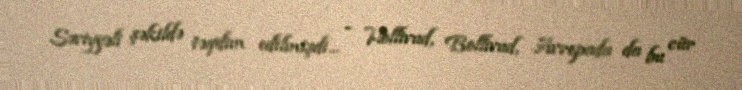
Səviyyəli şəkildə təqdim edilmişdi... - Hollivud, Bollivud, Avropada da bu cür